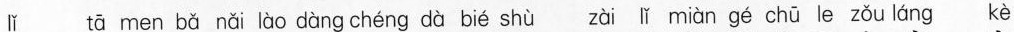
lǐ tā men bǎ nǎi lào dàng chéng dà bié shù zài lī miàn gé chū le zǒu láng kè